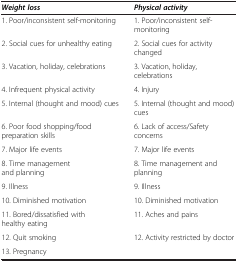
<table><thead><tr><td><b><i>Weight loss</i></b></td><td><b><i>Physical activity</i></b></td></tr></thead><tbody><tr><td>1. Poor/inconsistent self-monitoring</td><td>1. Poor/inconsistent self-monitoring</td></tr><tr><td>2. Social cues for unhealthy eating</td><td>2. Social cues for activity changed</td></tr><tr><td>3. Vacation, holiday, celebrations</td><td>3. Vacation, holiday, celebrations</td></tr><tr><td>4. Infrequent physical activity</td><td>4. Injury</td></tr><tr><td>5. Internal (thought and mood) cues</td><td>5. Internal (thought and mood) cues</td></tr><tr><td>6. Poor food shopping/food preparation skills</td><td>6. Lack of access/Safety concerns</td></tr><tr><td>7. Major life events</td><td>7. Major life events</td></tr><tr><td>8. Time management and planning</td><td>8. Time management and planning</td></tr><tr><td>9. Illness</td><td>9. Illness</td></tr><tr><td>10. Diminished motivation</td><td>10. Diminished motivation</td></tr><tr><td>11. Bored/dissatisfied with healthy eating</td><td>11. Aches and pains</td></tr><tr><td>12. Quit smoking</td><td rowspan="2">12. Activity restricted by doctor</td></tr><tr><td>13. Pregnancy</td></tr></tbody></table>